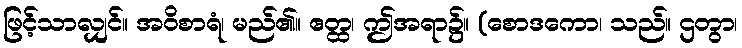
ဖြင့်သာလျှင်။ အဝိစာရံ၊ မည်၏။ ဧတ္ထ၊ ဤအရာ၌။ (စောဒကော၊ သည်။ ဌတွာ၊